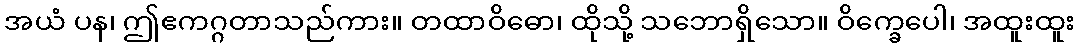
အယံ ပန၊ ဤဧကဂ္ဂတာသည်ကား။ တထာဝိဓော၊ ထိုသို့ သဘောရှိသော။ ဝိက္ခေပေါ၊ အထူးထူး